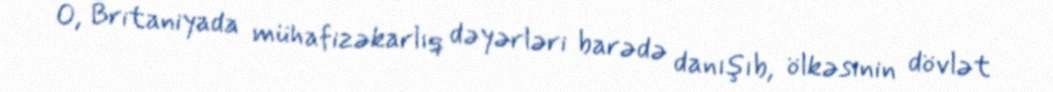
O, Britaniyada mühafizəkarlıq dəyərləri barədə danışıb, ölkəsinin dövlət